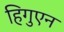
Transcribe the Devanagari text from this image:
हिगुएन